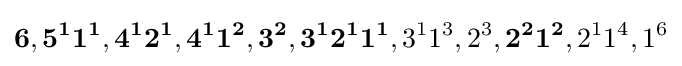
\mathbf {6} ,\mathbf {5^{1}1^{1}} ,\mathbf {4^{1}2^{1}} ,\mathbf {4^{1}1^{2}} ,\mathbf {3^{2}} ,\mathbf {3^{1}2^{1}1^{1}} ,3^{1}1^{3},2^{3},\mathbf {2^{2}1^{2}} ,2^{1}1^{4},1^{6}